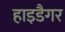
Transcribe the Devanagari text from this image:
हाइडैगर